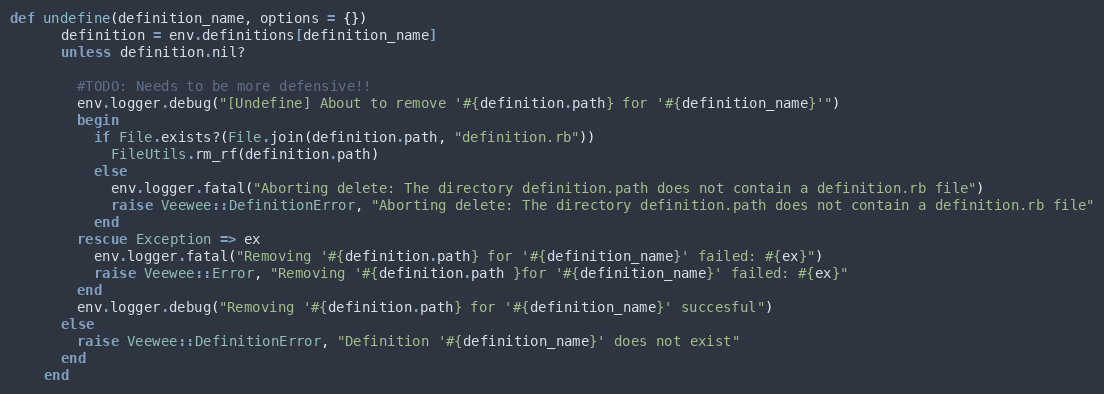
Language: Ruby
def undefine(definition_name, options = {})
      definition = env.definitions[definition_name]
      unless definition.nil?

        #TODO: Needs to be more defensive!!
        env.logger.debug("[Undefine] About to remove '#{definition.path} for '#{definition_name}'")
        begin
          if File.exists?(File.join(definition.path, "definition.rb"))
            FileUtils.rm_rf(definition.path)
          else
            env.logger.fatal("Aborting delete: The directory definition.path does not contain a definition.rb file")
            raise Veewee::DefinitionError, "Aborting delete: The directory definition.path does not contain a definition.rb file"
          end
        rescue Exception => ex
          env.logger.fatal("Removing '#{definition.path} for '#{definition_name}' failed: #{ex}")
          raise Veewee::Error, "Removing '#{definition.path }for '#{definition_name}' failed: #{ex}"
        end
        env.logger.debug("Removing '#{definition.path} for '#{definition_name}' succesful")
      else
        raise Veewee::DefinitionError, "Definition '#{definition_name}' does not exist"
      end
    end